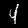
Label: 4